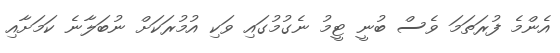
އެންމެ ފުރަތަމަ ވެސް ބުނީ ޓީމު ނެގުމުގައި ވަކި އުމުރަކަށް ނުބަލާނެ ކަމަށާއި